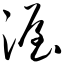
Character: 渥